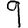
Digit: 9